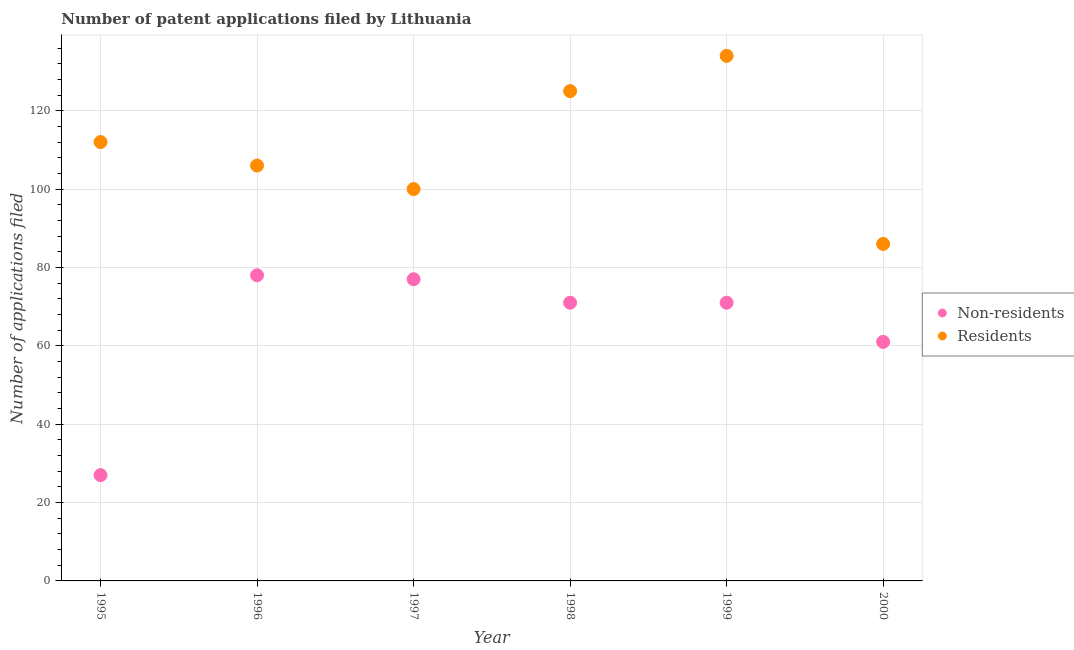
| Year | Non-residents | Residents |
 | --- | --- | --- |
 | 1995 | 27 | 112 |
 | 1996 | 78 | 106 |
 | 1997 | 77 | 100 |
 | 1998 | 71 | 125 |
 | 1999 | 71 | 134 |
 | 2000 | 61 | 86 |